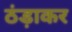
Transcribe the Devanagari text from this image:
ठंड़ाकर